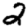
Digit: 2